Annual report of the Civil Veterinary Department, Bengal, and of the Bengal Veterinary College, for the year 1900-1901 - 1900-1901
Year: 1900
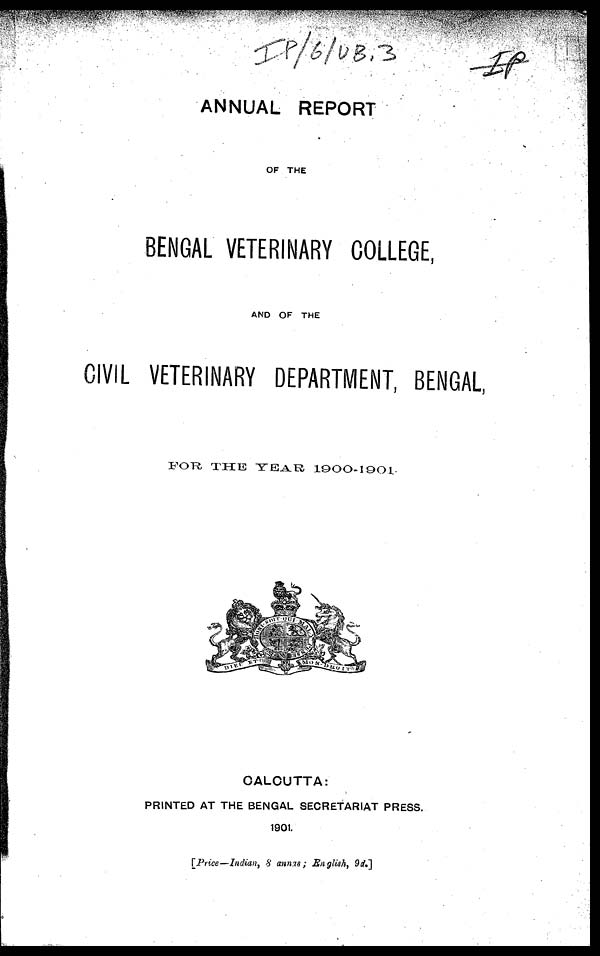
ANNUAL REPORT
OF THE
BENGAL VETERINARY COLLEGE,
AND OF THE
CIVIL VETERINARY DEPARTMENT, BENGAL,
FOR
THE YEAR 1900-1901.
CALCUTTA:
PRINTED AT THE BENGAL SECRETARIAT PRESS.
1901.
[Price—Indian, 8 annas; English, 9d.]